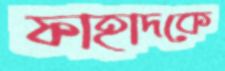
ফাহাদকে